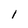
Character: l